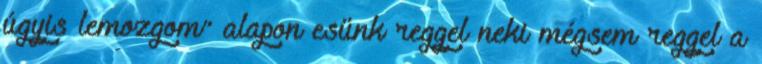
úgyis lemozgom” alapon esünk reggel neki mégsem reggel a